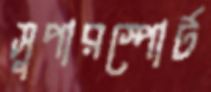
সুপারস্পোর্ট